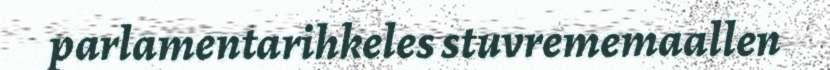
parlamentarihkeles stuvrememaallen